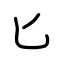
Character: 匕